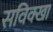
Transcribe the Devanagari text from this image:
सविक्खा